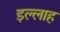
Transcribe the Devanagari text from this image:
इल्लाह